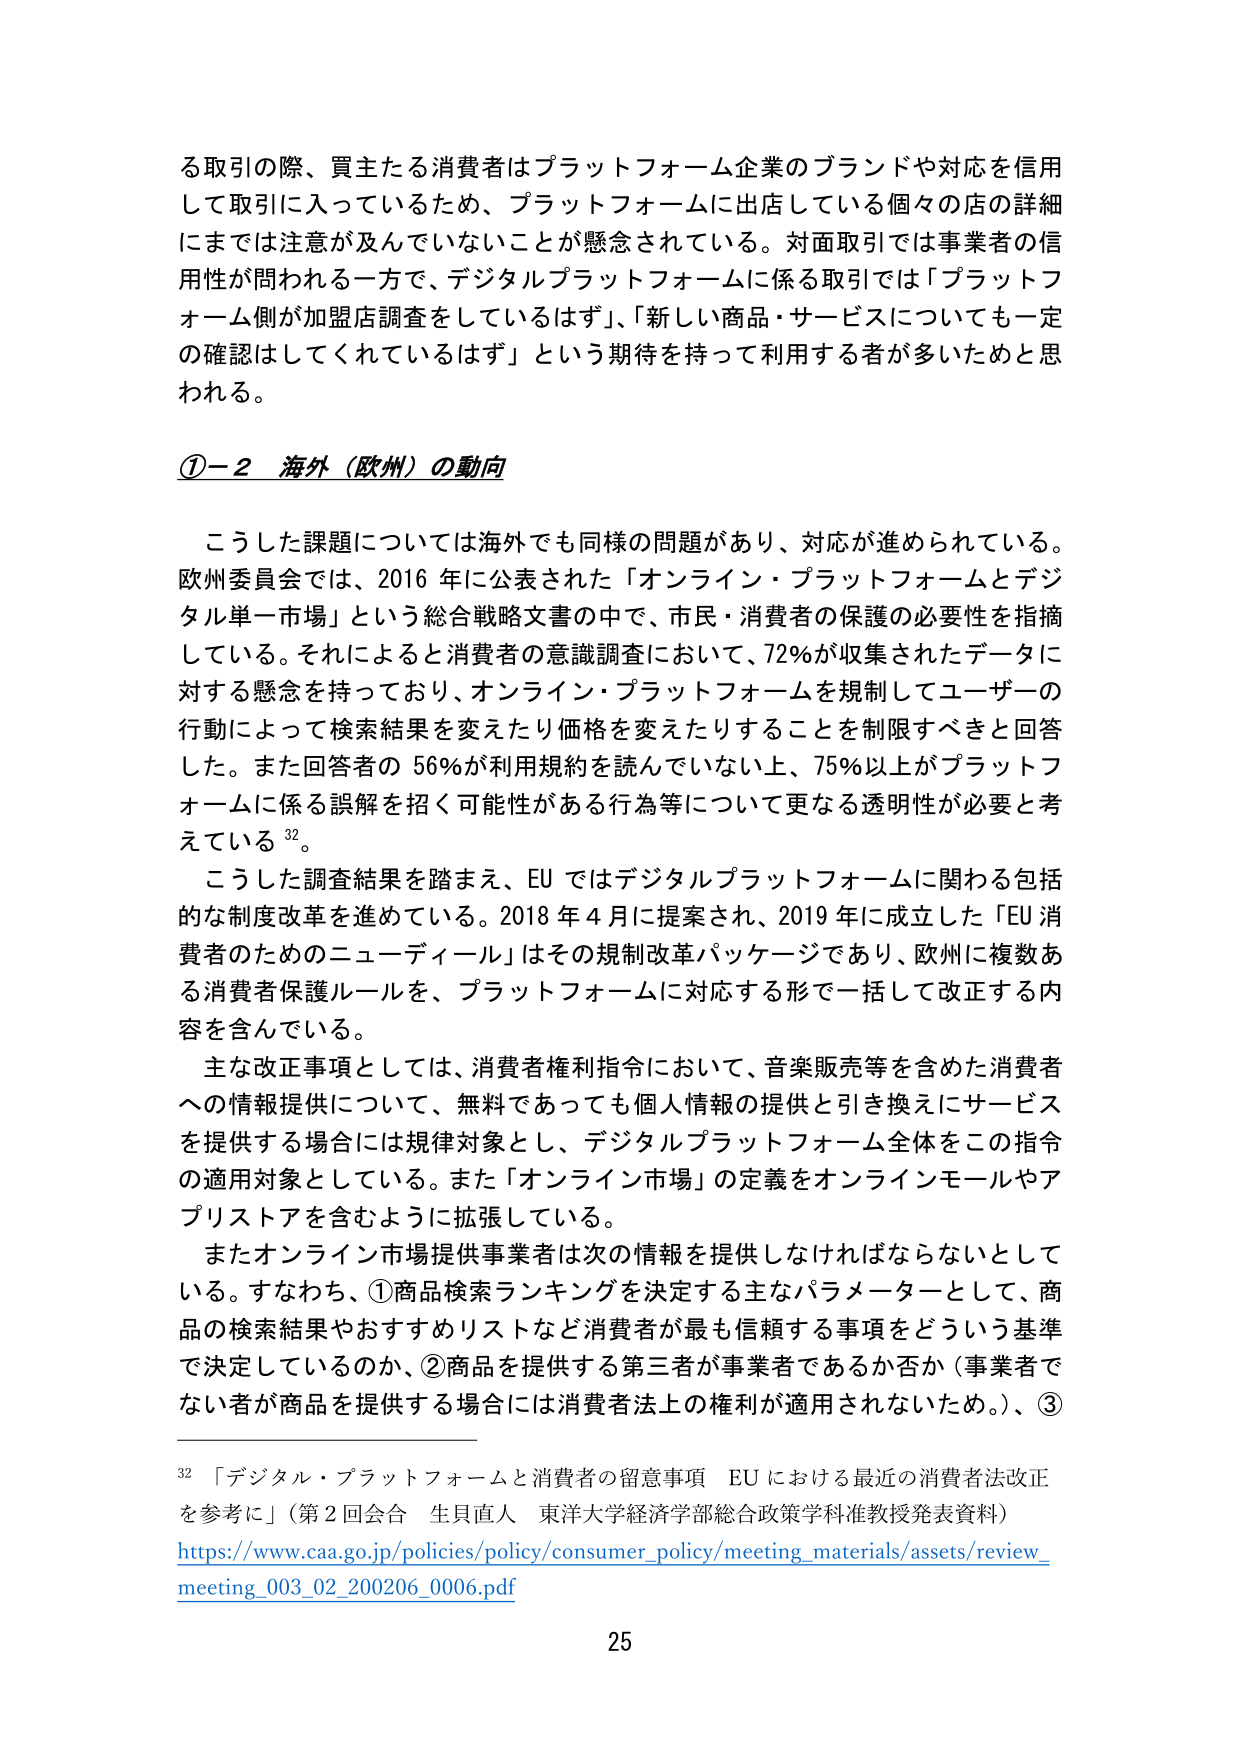
る取引の際、買主たる消費者はプラットフォーム企業のブランドや対応を信用して取引に入っているため、プラットフォームに出店している個々の店の詳細にまでは注意が及んでいないことが懸念されている。対面取引では事業者の信用性が問われる一方で、デジタルプラットフォームに係る取引では「プラットフォーム側が加盟店調査をしているはず」、「新しい商品・サービスについても一定の確認はしてくれているはず」という期待を持って利用する者が多いためと思われる。

①－２ 海外（欧州）の動向

こうした課題については海外でも同様の問題があり、対応が進められている。欧州委員会では、2016年に公表された「オンライン・プラットフォームとデジタル単一市場」という総合戦略文書の中で、市民・消費者の保護の必要性を指摘している。それによると消費者の意識調査において、72％が収集されたデータに対する懸念を持っており、オンライン・プラットフォームを規制してユーザーの行動によって検索結果を変えたり価格を変えたりすることを制限すべきと回答した。また回答者の56％が利用規約を読んでいない上、75％以上がプラットフォームに係る誤解を招く可能性がある行為等について更なる透明性が必要と考えている32。

こうした調査結果を踏まえ、EUではデジタルプラットフォームに関わる包括的な制度改革を進めている。2018年4月に提案され、2019年に成立した「EU消費者のためのニューディール」はその規制改革パッケージであり、欧州に複数ある消費者保護ルールを、プラットフォームに対応する形で一括して改正する内容を含んでいる。

主な改正事項としては、消費者権利指令において、音楽販売等を含めた消費者への情報提供について、無料であっても個人情報の提供と引き換えにサービスを提供する場合には規律対象とし、デジタルプラットフォーム全体をこの指令の適用対象としている。また「オンライン市場」の定義をオンラインモールやアプリストアを含むように拡張している。

またオンライン市場提供事業者は次の情報を提供しなければならないとしている。すなわち、①商品検索ランキングを決定する主なパラメーターとして、商品の検索結果やおすすめリストなど消費者が最も信頼する事項をどういう基準で決定しているのか、②商品を提供する第三者が事業者であるか否か（事業者でない者が商品を提供する場合には消費者法上の権利が適用されないため。）、③

32 「デジタル・プラットフォームと消費者の留意事項 EUにおける最近の消費者法改正を参考に」（第2回会合 生貝直人 東洋大学経済学部総合政策学科准教授発表資料）
https://www.caa.go.jp/policies/policy/consumer_policy/meeting_materials/assets/review_meeting_003_02_200206_0006.pdf

25